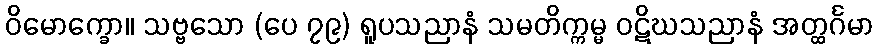
ဝိမောက္ခော။ သဗ္ဗသော (ပေ ၇၉) ရူပသညာနံ သမတိက္ကမ္မ ဝဋိဃသညာနံ အတ္ထင်္ဂမာ